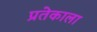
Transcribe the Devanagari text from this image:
प्रतेकाला